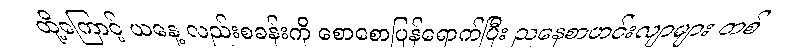
ထို့ကြောင့် ယနေ့ လည်းစခန်းကို စောစောပြန်ရောက်ပြီး ညနေစာဟင်းလျာများ တစ်